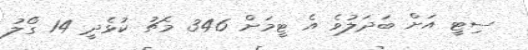
ސިޓީ އަށް ބަދަލުވެ އެ ޓީމަށް 346 މެޗު ކުޅެދީ 14 ގޯލު